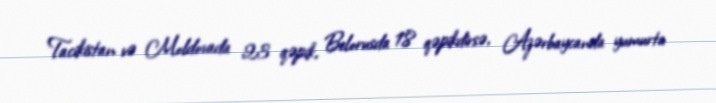
Tacikistan və Moldovada 23 qəpik, Belorusda 18 qəpikdirsə, Azərbaycanda yumurta